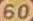
60